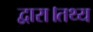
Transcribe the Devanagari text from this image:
द्वारा।तथ्य